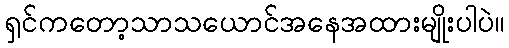
ရှင်ကတော့သာသယောင်အနေအထားမျိုးပါပဲ။